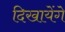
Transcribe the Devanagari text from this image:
दिखायेंगे